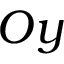
O y